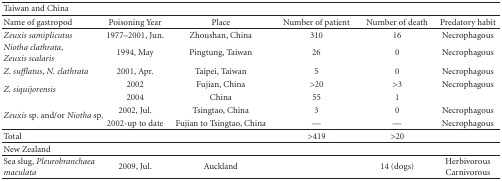
<table><thead><tr><td><b>Taiwan and China</b></td><td></td><td></td><td></td><td></td><td></td></tr></thead><tbody><tr><td>Name of gastropod</td><td>Poisoning Year</td><td>Place</td><td>Number of patient</td><td>Number of death</td><td>Predatory habit</td></tr><tr><td><i>Zeuxis samiplicutus</i></td><td>1977–2001, Jun.</td><td>Zhoushan, China</td><td>310</td><td>16</td><td> Necrophagous</td></tr><tr><td><i>Niotha clathrata</i>, <i>Zeuxis scalaris </i></td><td>1994, May</td><td>Pingtung, Taiwan</td><td>26</td><td>0</td><td> Necrophagous</td></tr><tr><td><i>Z. sufflatus</i>, <i>N. clathrata </i></td><td>2001, Apr.</td><td>Taipei, Taiwan</td><td>5</td><td>0</td><td> Necrophagous</td></tr><tr><td rowspan="2"><i>Z. siquijorensis</i></td><td>2002</td><td>Fujian, China</td><td>&gt;20</td><td>&gt;3</td><td> Necrophagous</td></tr><tr><td>2004</td><td> China</td><td>55</td><td>1</td><td></td></tr><tr><td rowspan="2"><i>Zeuxis </i>sp. and/or<i> Niotha </i>sp.</td><td>2002, Jul.</td><td>Tsingtao, China</td><td>3</td><td>0</td><td> Necrophagous</td></tr><tr><td>2002-up to date</td><td>Fujian to Tsingtao, China</td><td>—</td><td>—</td><td> Necrophagous </td></tr><tr><td> Total</td><td></td><td></td><td>&gt;419</td><td>&gt;20</td><td></td></tr><tr><td>New Zealand</td><td></td><td></td><td></td><td></td><td></td></tr><tr><td>Sea slug, <i>Pleurobranchaea maculata </i></td><td>2009, Jul.</td><td>Auckland</td><td></td><td>14 (dogs)</td><td> Herbivorous Carnivorous</td></tr></tbody></table>